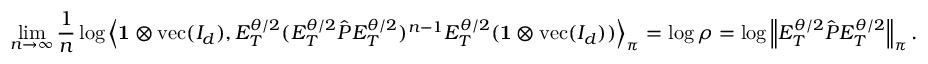
\operatorname* { l i m } _ { n \to \infty } \frac { 1 } { n } \log \left\langle \mathbf { 1 } \otimes \operatorname { v e c } ( I _ { d } ) , E _ { T } ^ { \theta / 2 } ( E _ { T } ^ { \theta / 2 } \hat { P } E _ { T } ^ { \theta / 2 } ) ^ { n - 1 } E _ { T } ^ { \theta / 2 } ( \mathbf { 1 } \otimes \operatorname { v e c } ( I _ { d } ) ) \right\rangle _ { \boldsymbol \pi } = \log \rho = \log \left\lVert E _ { T } ^ { \theta / 2 } \hat { P } E _ { T } ^ { \theta / 2 } \right\rVert _ { \boldsymbol \pi } .